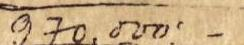
970.000:-